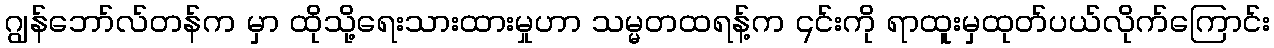
ဂျွန်ဘော်လ်တန်က မှာ ထိုသို့ရေးသားထားမှုဟာ သမ္မတထရန့်က ၎င်းကို ရာထူးမှထုတ်ပယ်လိုက်ကြောင်း